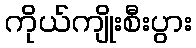
ကိုယ်ကျိုးစီးပွား